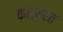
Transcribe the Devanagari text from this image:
कार्यरत